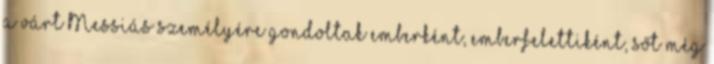
a várt Messiás személyére gondoltak emberként, emberfelettiként, sőt még